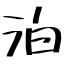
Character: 泊